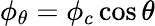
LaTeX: \phi_{\theta}=\phi_{c}\cos\theta